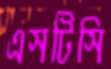
এসটিসি